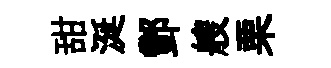
甜涎酆艘栗